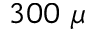
3 0 0 \ \mu